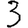
Digit: 3